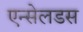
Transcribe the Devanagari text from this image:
एन्सेलडस